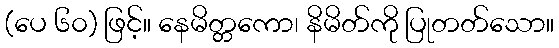
(ပေ ၆၀) ဖြင့်။ နေမိတ္တကော၊ နိမိတ်ကို ပြုတတ်သော။